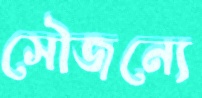
সৌজন্যে